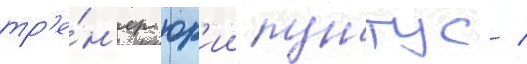
тр'е́н'ер юр'ии пунтус /